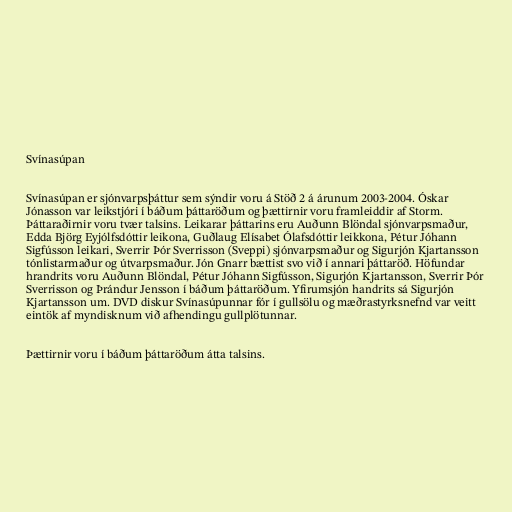
Svínasúpan

Svínasúpan er sjónvarpsþáttur sem sýndir voru á Stöð 2 á árunum 2003-2004. Óskar
Jónasson var leikstjóri í báðum þáttaröðum og þættirnir voru framleiddir af Storm.
Þáttaraðirnir voru tvær talsins. Leikarar þáttarins eru Auðunn Blöndal sjónvarpsmaður,
Edda Björg Eyjólfsdóttir leikona, Guðlaug Elísabet Ólafsdóttir leikkona, Pétur Jóhann
Sigfússon leikari, Sverrir Þór Sverrisson (Sveppi) sjónvarpsmaður og Sigurjón Kjartansson
tónlistarmaður og útvarpsmaður. Jón Gnarr bættist svo við í annari þáttaröð. Höfundar
hrandrits voru Auðunn Blöndal, Pétur Jóhann Sigfússon, Sigurjón Kjartansson, Sverrir Þór
Sverrisson og Þrándur Jensson í báðum þáttaröðum. Yfirumsjón handrits sá Sigurjón
Kjartansson um. DVD diskur Svínasúpunnar fór í gullsölu og mæðrastyrksnefnd var veitt
eintök af myndisknum við afhendingu gullplötunnar.

Þættirnir voru í báðum þáttaröðum átta talsins.